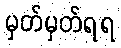
မှတ်မှတ်ရရ